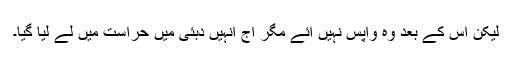
لیکن اس کے بعد وہ واپس نہیں آئے مگر آج انہیں دبئی میں حراست میں لے لیا گیا۔